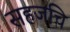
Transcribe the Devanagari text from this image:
सहजचि